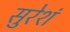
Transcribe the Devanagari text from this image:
सुरेशं